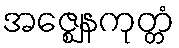
အဇ္ဈေနကုတ္တံ